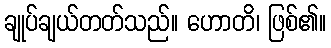
ချုပ်ချယ်တတ်သည်။ ဟောတိ၊ ဖြစ်၏။